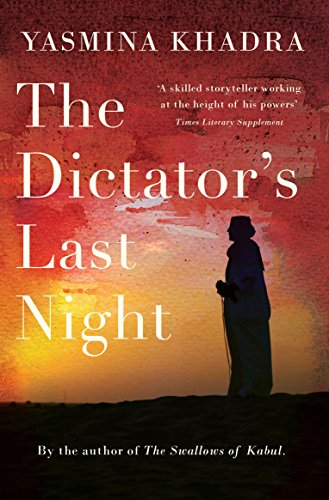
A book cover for The Dictator's Last Night; Yasmina Khadra; Literature & Fiction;